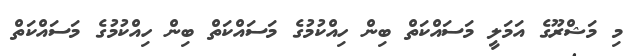
މި މަޝްރޫގެ އަމަލީ މަސައްކަތް ބިން ހިއްކުމުގެ މަސައްކަތް ބިން ހިއްކުމުގެ މަސައްކަތް